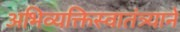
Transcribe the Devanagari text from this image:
अभिव्यक्तिस्वातंत्र्याने